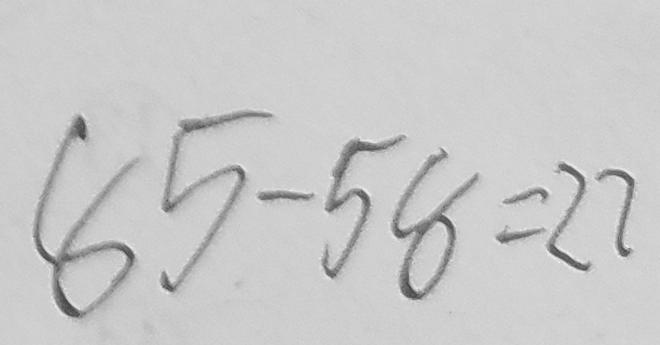
8 5 - 5 8 = 2 7